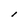
Character: l